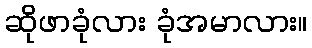
ဆိုဖာခုံလား ခုံအမာလား။